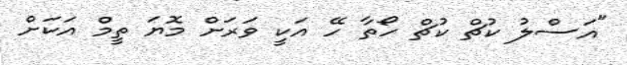
"އަސްލު ކުޗް ކުޗް ހޯތާ ހޭ އަކީ ވަރަށް މޮޔަ ތީމް އަކަށް